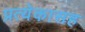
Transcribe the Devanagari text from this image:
प्रत्येकासह